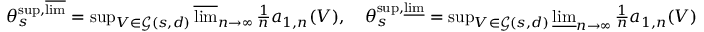
\begin{array} { r } { \theta _ { s } ^ { \operatorname* { s u p } , \varlimsup } = \operatorname* { s u p } _ { V \in \mathcal { G } ( s , d ) } \varlimsup _ { n \to \infty } \frac { 1 } { n } a _ { 1 , n } ( V ) , \quad \theta _ { s } ^ { \operatorname* { s u p } , \varliminf } = \operatorname* { s u p } _ { V \in \mathcal { G } ( s , d ) } \varliminf _ { n \to \infty } \frac { 1 } { n } a _ { 1 , n } ( V ) } \end{array}